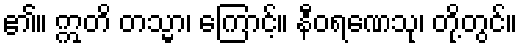
၏။ ဣတိ တသ္မာ၊ ကြောင့်။ နီဝရဏေသု၊ တို့တွင်။